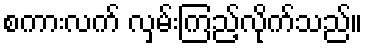
စကားလက် လှမ်းကြည့်လိုက်သည်။